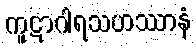
ကူဋာဂါရသဟဿာနံ